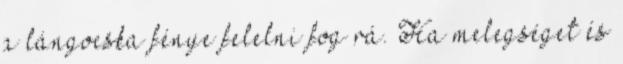
a lángocska fénye felelni fog rá. Ha melegséget és